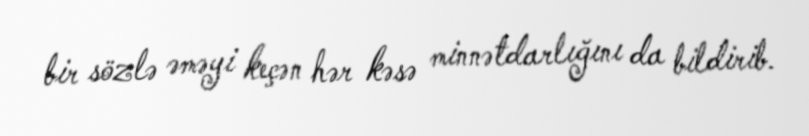
bir sözlə əməyi keçən hər kəsə minnətdarlığını da bildirib.